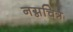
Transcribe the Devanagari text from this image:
नग्नचित्र